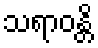
သရာဝန္တိ